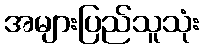
အများပြည်သူသုံး